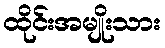
ထိုင်းအမျိုးသား